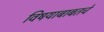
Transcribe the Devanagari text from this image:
विषयाबाबतचे